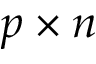
p \times n